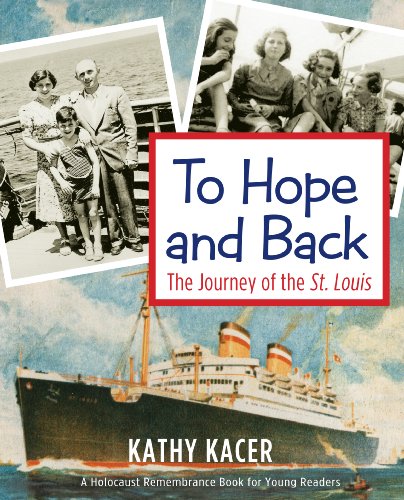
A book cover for To Hope and Back: The Journey of the St. Louis (Holocaust Remembrance Series); Kathy Kacer; Children's Books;